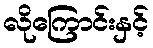
လိုကြောင်းနှင့်